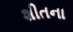
શીતના